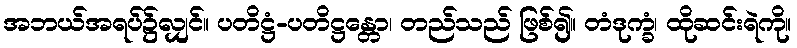
အဘယ်အရပ်၌လျှင်။ ပတိဋ္ဌံ-ပတိဋ္ဌန္တော၊ တည်သည် ဖြစ်၍။ တံဒုက္ခံ၊ ထိုဆင်းရဲကို။